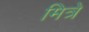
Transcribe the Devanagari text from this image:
मित्रे